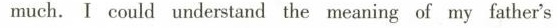
much. Ⅰ could understand the meaning of my father's